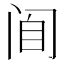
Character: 𰿮